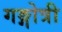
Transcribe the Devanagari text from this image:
गङ्गोत्री